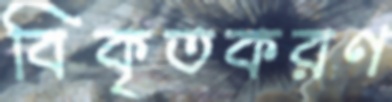
বিকৃতকরণ